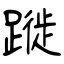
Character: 蹝